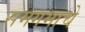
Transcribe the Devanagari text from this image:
समगमाचे